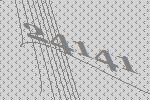
24141